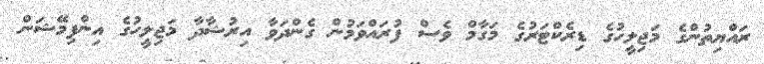
ރައްޔިތުންގެ މަޖިލީހުގެ ޑިރެކްޓަރުގެ މަގާމް ވެސް ފުރައްވަމުން ގެންދަވާ އިރުޝާދާ މަޖިލީހުގެ އިންފިމޭޝަން